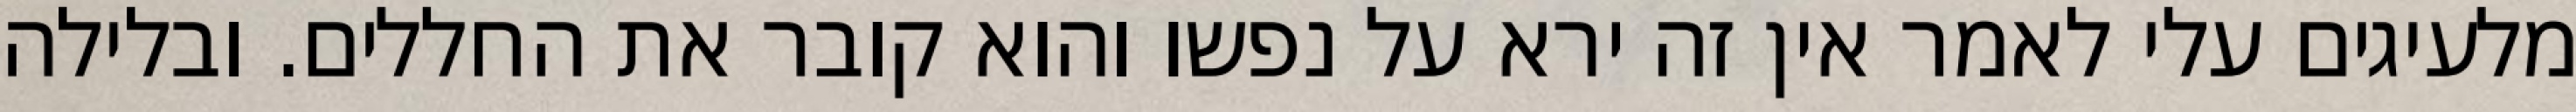
מלעיגים עלי לאמר אין זה ירא על נפשו והוא קובר את החללים. ובלילה